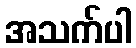
အသက်ပါ